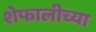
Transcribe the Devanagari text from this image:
शेफालीच्या